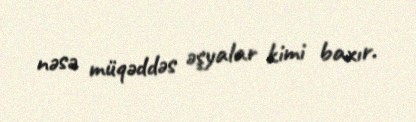
nəsə müqəddəs əşyalar kimi baxır.